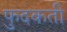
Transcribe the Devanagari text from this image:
फुदकती